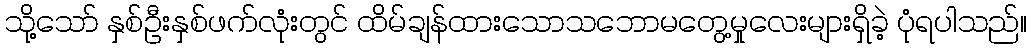
သို့သော် နှစ်ဦးနှစ်ဖက်လုံးတွင် ထိမ်ချန်ထားသောသဘောမတွေ့မှုလေးများရှိခဲ့ ပုံရပါသည်။